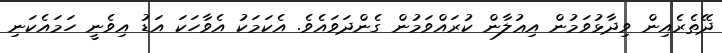
ދޭތެރެއިން ވިދާޅުވަމުން އިޢުލާން ކުރައްވަމުން ގެންދަވައެވެ. އެކަމަކު އެވާހަކަ އަޑު އިވެނީ ހަމައެކަނި